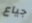
جياع